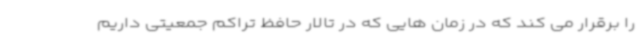
را برقرار می کند که در زمان هایی که در تالار حافظ تراکم جمعیتی داریم